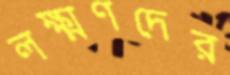
লক্ষ্মণদের